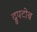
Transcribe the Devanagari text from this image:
द्रुपटोब